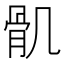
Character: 𩨒